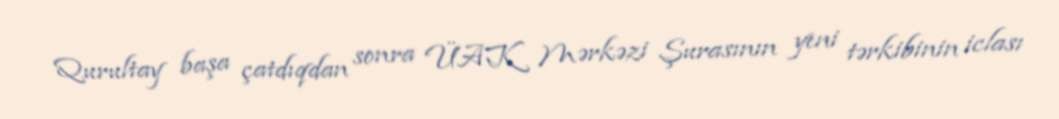
Qurultay başa çatdıqdan sonra ÜAK Mərkəzi Şurasının yeni tərkibinin iclası